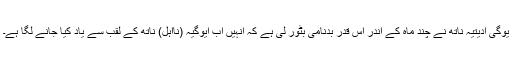
یوگی ادیتیہ ناتھ نے چند ماہ کے اندر اس قدر بدنامی بٹور لی ہے کہ انہیں اب ایوگیہ (نااہل) ناتھ کے لقب سے یاد کیا جانے لگا ہے۔